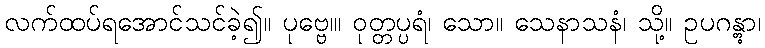
လက်ထပ်ရအောင်သင်ခဲ့၍။ ပုဗ္ဗေ၊။ ဝုတ္တပ္ပရံ၊ သော။ သေနာသနံ၊ သို့။ ဥပဂန္တွာ၊